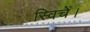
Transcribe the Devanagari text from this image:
स्विचें।